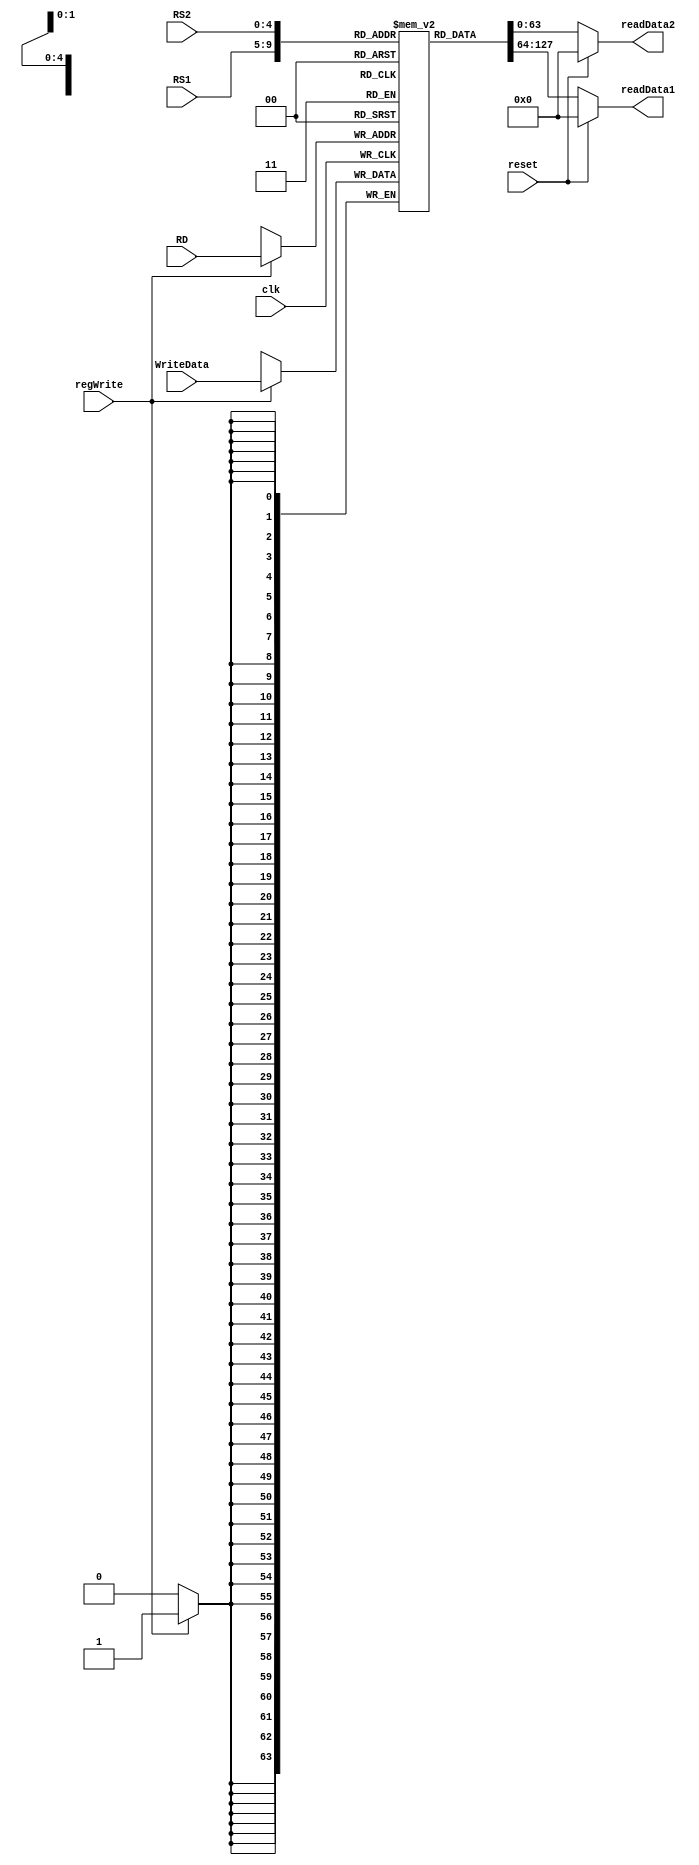
`timescale 1ns / 1ps
//////////////////////////////////////////////////////////////////////////////////
// Company: 
// Engineer: 
// 
// Design Name: 
// Module Name: register_file
// Project Name: 
// Target Devices: 
// Tool Versions: 
// Description: 
// 
// Dependencies: 
// 
// Revision:
// Revision 0.01 - File Created
// Additional Comments:
// 
//////////////////////////////////////////////////////////////////////////////////

module register_file(
    input [63:0] WriteData,
    input [4:0] RS1,
    input [4:0] RS2,
    input [4:0] RD,
    input regWrite,
    input reset,
    input clk,
    
    output reg [63:0] readData1,
    output reg [63:0] readData2
);
    reg [63:0] registers [31:0]; //32 registers of 64 bits, pehle num of bits, then num of registers
    
    integer i;
    initial begin
        for (i=0; i<31; i=i+1) begin
            registers[i] = 0; //randomly adding values
        end
    end
    
    always @ (posedge clk) begin
        if (regWrite==1)
        begin
            registers[RD] = WriteData;
        end
    end
 
    always @ (*) begin
    if (reset) begin
        readData1 = 0;
        readData2 = 0; 
    end
   else
       begin 
        readData1 = registers[RS1];
        readData2 = registers[RS2];
       end
   end
    
endmodule